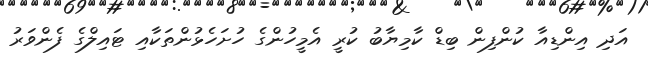
އަދި އިންޑިއާ ކުންފިން ބިޑް ކާމިޔާބު ކުރީ އެމީހުންގެ ހުށަހެޅުންތަކާއި ޓައިލްގެ ފެންވަރު